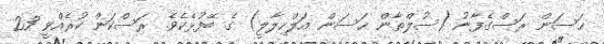
ޙަސަން ރަސްގެފާނު (ސުލްޠާން ޙަސަން އަލްހިލާލީ) ގެ ބޭފުޅެކެވެ. ރަސްކަން ކުރެއްވީ 23